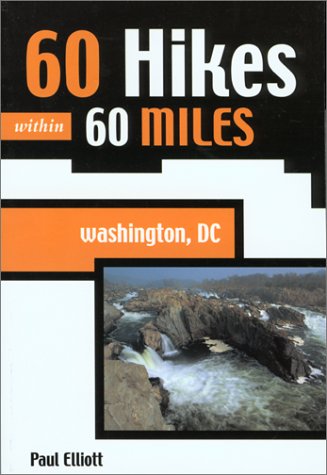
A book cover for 60 Hikes within 60 Miles: Washington DC; Paul Elliott; Travel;